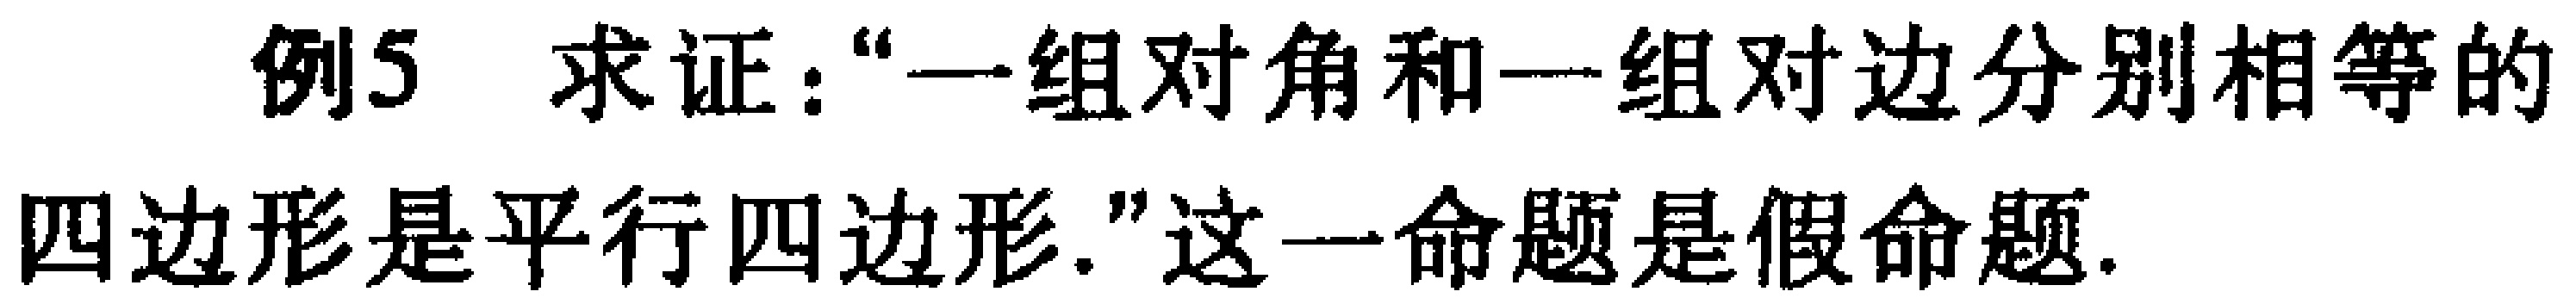
例5 求证：“一组对角和一组对边分别相等的四边形是平行四边形.”这一命题是假命题.